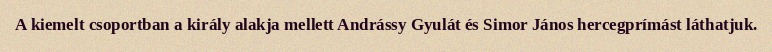
A kiemelt csoportban a király alakja mellett Andrássy Gyulát és Simor János hercegprímást láthatjuk.